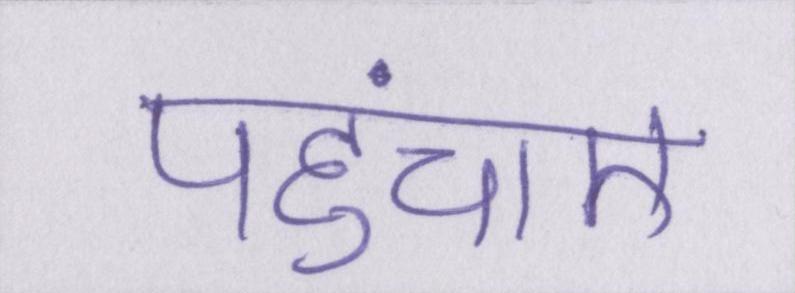
पहुंचाए